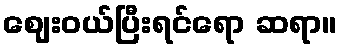
ဈေးဝယ်ပြီးရင်ရော ဆရာ။